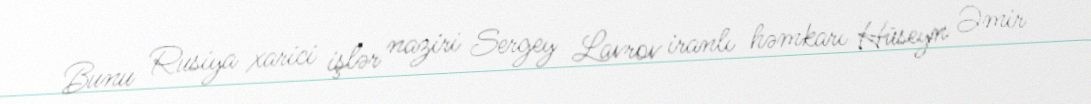
Bunu Rusiya xarici işlər naziri Sergey Lavrov iranlı həmkarı Hüseyn Əmir